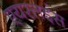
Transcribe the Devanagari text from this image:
एयरलइंस